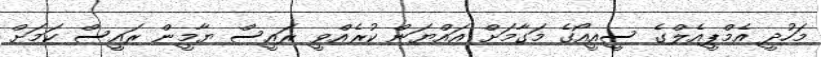
މަހުދީ އެމްޕީއެލްގެ ސީއީއޯގެ މަގާމަށް އައްޔަން ކުރެއްވީ ރައީސް ޔާމީން ރައީސް ކަމަށް